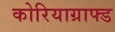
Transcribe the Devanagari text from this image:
कोरियाग्राफ्ड